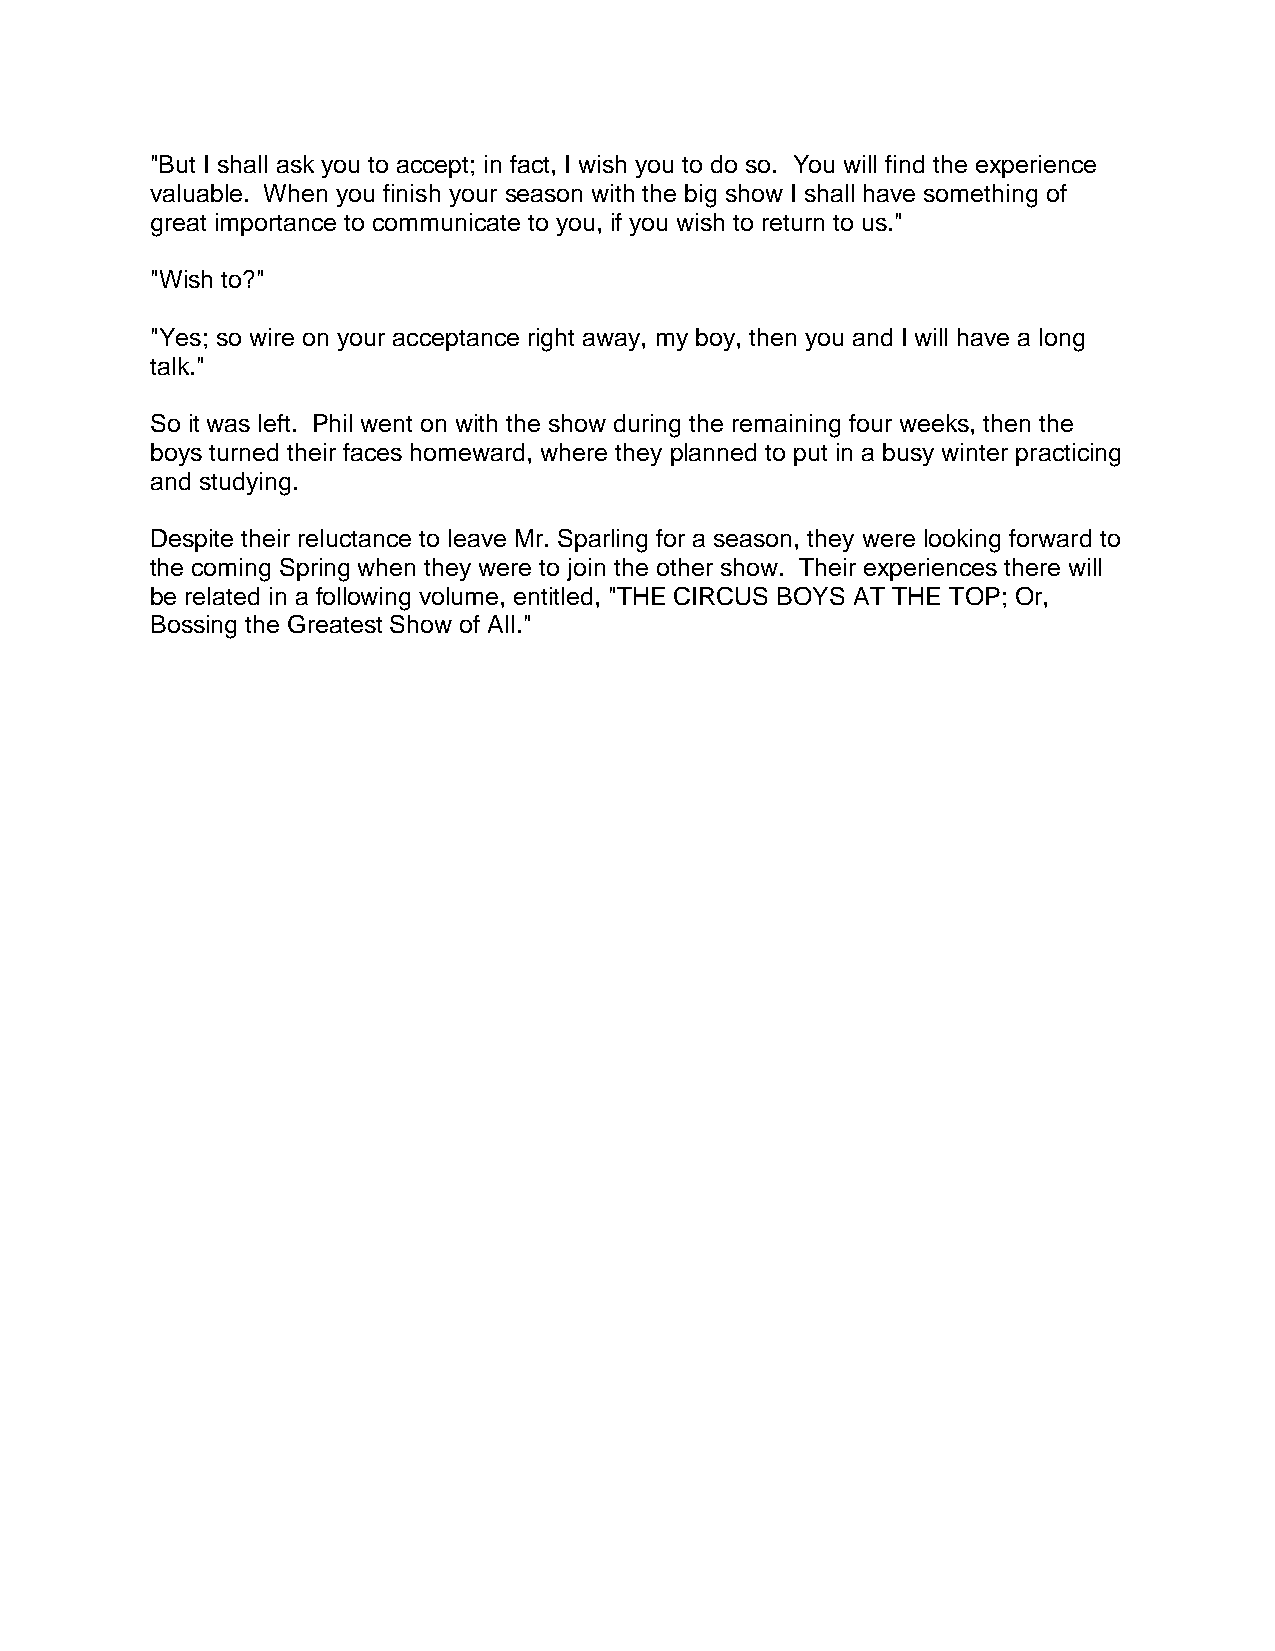
"But I shall ask you to accept; in fact, I wish you to do so. You will find the experience
 valuable. When you finish your season with the big show I shall have something of
 great importance to communicate to you, if you wish to return to us."
 "Wish to?"
 "Yes; so wire on your acceptance right away, my boy, then you and I will have a long
 talk."
 So it was left. Phil went on with the show during the remaining four weeks, then the
 boys turned their faces homeward, where they planned to put in a busy winter practicing
 and studying.
 Despite their reluctance to leave Mr. Sparling for a season, they were looking forward to
 the coming Spring when they were to join the other show. Their experiences there will
 be related in a following volume, entitled, "THE CIRCUS BOYS AT THE TOP; Or,
 Bossing the Greatest Show of All."